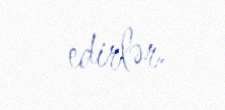
edirlər.